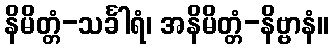
နိမိတ္တံ-သင်္ခါရံ၊ အနိမိတ္တံ-နိဗ္ဗာနံ။